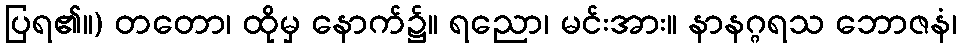
ပြရ၏။) တတော၊ ထိုမှ နောက်၌။ ရညော၊ မင်းအား။ နာနဂ္ဂရသ ဘောဇနံ၊